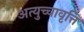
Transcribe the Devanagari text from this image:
अत्युच्चावृत्ति